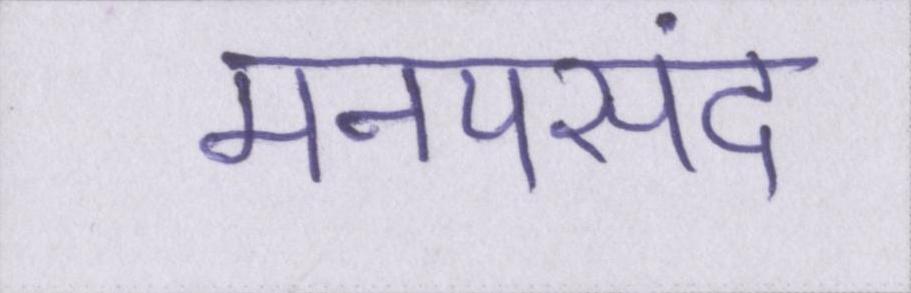
मनपसंद